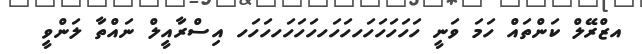
އޒްރޭލް ކަންތައް ހަމަ ވަނީ ހަހަހަހަހަހހަހަހހަހަހަހހަހަހ އިސްރަަަަަާއިީލް ނައްތަާ ލަންވިީ